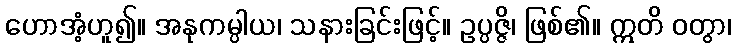
ဟောအံ့ဟူ၍။ အနုကမ္ပါယ၊ သနားခြင်းဖြင့်။ ဥပ္ပဇ္ဇိ၊ ဖြစ်၏။ ဣတိ ဝတွာ၊